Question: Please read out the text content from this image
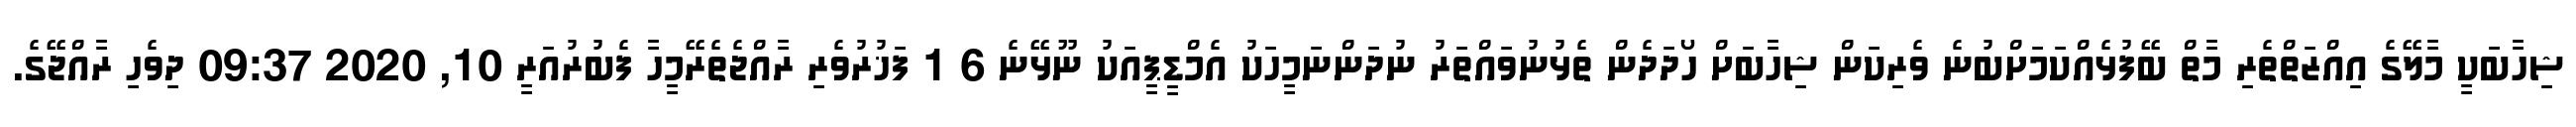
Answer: ޝިހާބަކީ މާލޭގެ އިއްޒަތްތެރި މާތް ބޭފުޅެއްކަމަށްބުނެ ވެރިކަން ޝިހާބަށް ހޯދަދެން ތެޅުނުވައްތަރު ނުދަންނަމީހަކު އެމްޑީޕީއަކު ނޫޅޭނެ 6 1 ފަޚުރުވެރި ރާއްޖެތެރޭމީހާ ފެބުރުއަރީ 10, 2020 09:37 ދިވެހި ރާއްޖޭގެ.